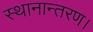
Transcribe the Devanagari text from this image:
स्थानान्तरण।